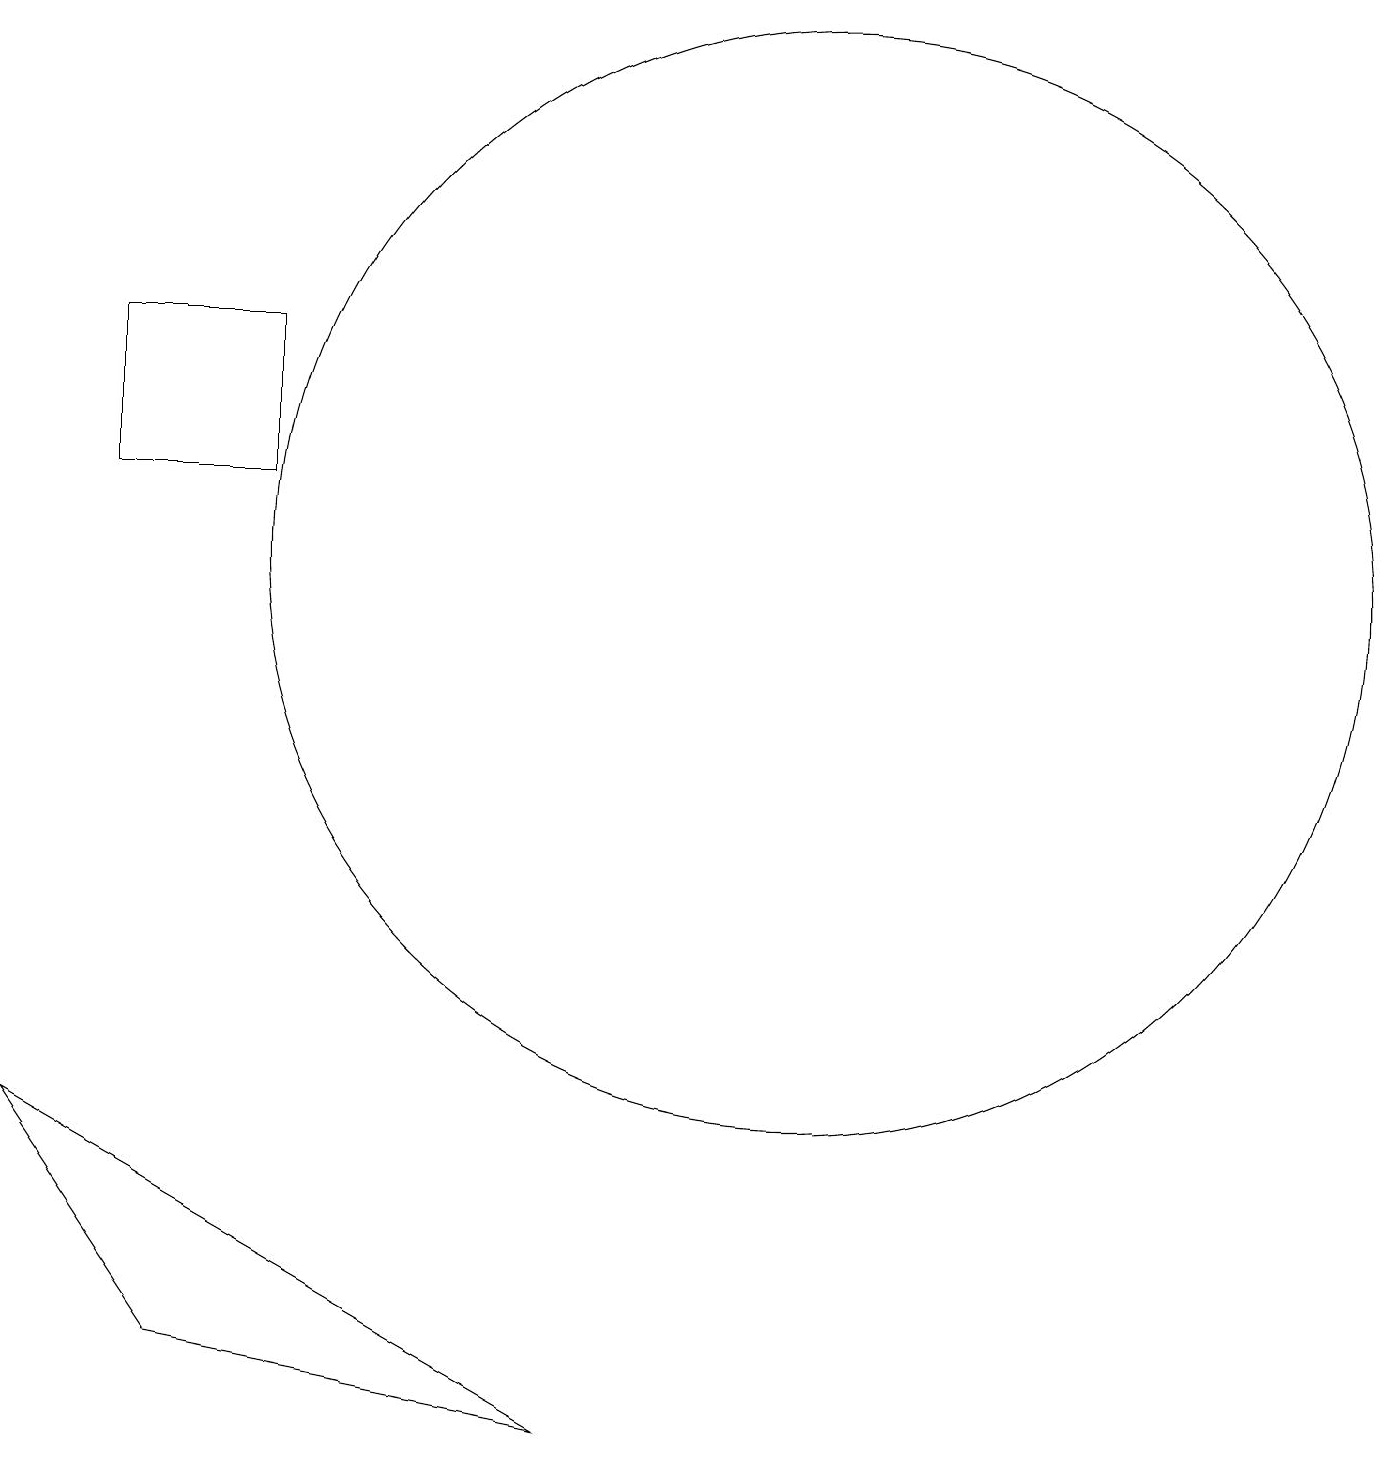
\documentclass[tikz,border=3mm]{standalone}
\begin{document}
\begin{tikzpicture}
\draw (1,15) rectangle (3,13);
\draw (10,12) circle (7);
\draw (2,2) -- (7,1) -- (0,5) -- cycle;
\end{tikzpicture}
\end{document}